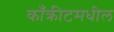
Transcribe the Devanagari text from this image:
काँक्रीटमधील